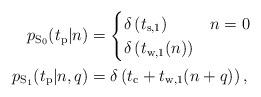
LaTeX: \begin{align*} p_{\mathrm{S}_0}(t_\mathrm{p}|n) &= \begin{cases} \delta\left(t_{\mathrm{s},1}\right) & n=0\\ \delta\left(t_{\mathrm{w},1}(n)\right) & \end{cases}\\ p_{\mathrm{S}_1}(t_\mathrm{p}|n,q)&=\delta\left(t_\mathrm{c} + t_{\mathrm{w},1}(n+ q )\right),\end{align*}